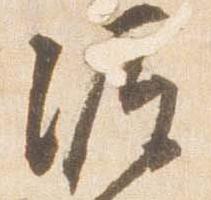
源